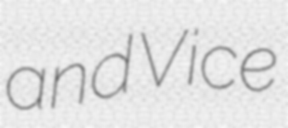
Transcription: and Vice